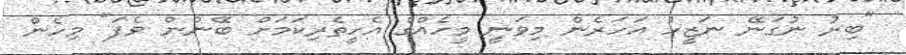
"ބިރު ނުގަނޭ ނަޒީހު އަހަރެން މިވަނީ މީހެއްގެ އެހީތެރިކަމަށް ބޭނުން ވެފަ" މިހެން